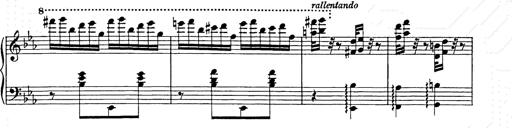
Title: Hungarian Rhapsody No.9
Composer: Franz Liszt
Key: E-flat major